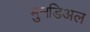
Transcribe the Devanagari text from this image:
मुनडिअल